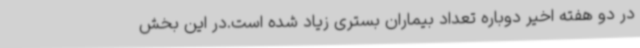
در دو هفته اخیر دوباره تعداد بیماران بستری زیاد شده است.در این بخش